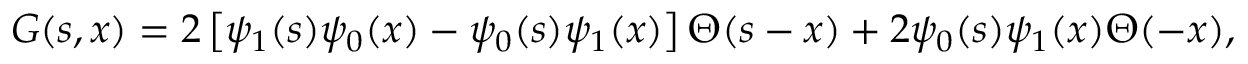
G ( s , x ) = 2 \left[ \psi _ { 1 } ( s ) \psi _ { 0 } ( x ) - \psi _ { 0 } ( s ) \psi _ { 1 } ( x ) \right] \Theta ( s - x ) + 2 \psi _ { 0 } ( s ) \psi _ { 1 } ( x ) \Theta ( - x ) ,